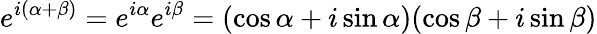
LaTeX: e^{i(\alpha+\beta)}=e^{i\alpha}e^{i\beta}=(\cos\alpha+i\sin\alpha)(\cos\beta+i\sin\beta)